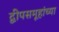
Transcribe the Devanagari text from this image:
द्वीपसमूहांच्या